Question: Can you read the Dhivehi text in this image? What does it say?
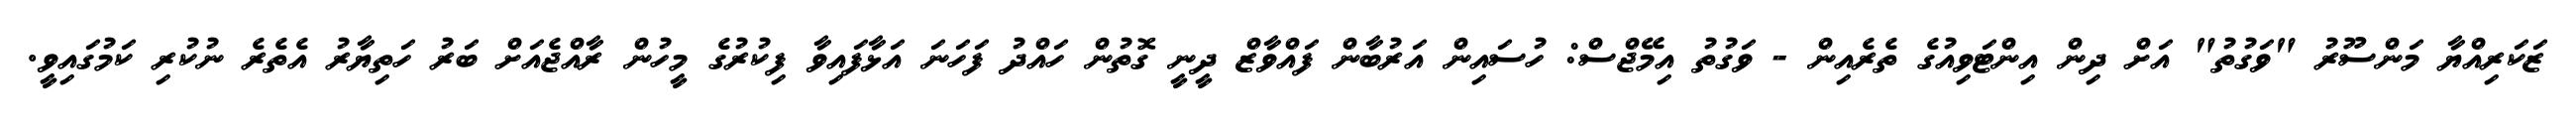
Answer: ޒަކަރިއްޔާ މަންސޫރު "ވަގުތު" އަށް ދިން އިންޓަވިއުގެ ތެރެއިން - ވަގުތު އިމޭޖްސް: ހުސައިން އަރުބާން ފައްވާޒް ދީނީ ގޮތުން ހައްދު ފަހަނަ އަޅާފައިވާ ފިކުރުގެ މީހުން ރާއްޖެއަށް ބަރު ހަތިޔާރު އެތެރެ ނުކުރި ކަމުގައިވީ.